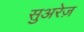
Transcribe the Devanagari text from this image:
सुअरेज़